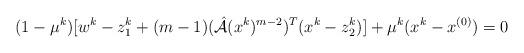
LaTeX: \begin{align*}(1-\mu^k)[w^k-z_1 ^k+(m-1)(\hat{\mathcal{A}}(x^k)^{m-2})^T(x^k-z_2 ^k)]+\mu^k(x^k-x^{(0)}) =0 \end{align*}